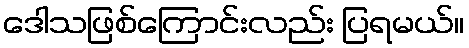
ဒေါသဖြစ်ကြောင်းလည်း ပြရမယ်။